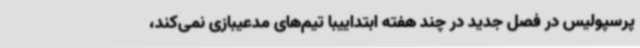
پرسپولیس در فصل جدید در چند هفته ابتداییبا تیم‌های مدعیبازی نمی‌کند،